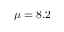
\mu = 8 . 2